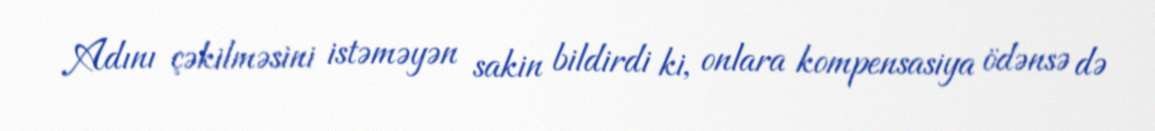
Adını çəkilməsini istəməyən sakin bildirdi ki, onlara kompensasiya ödənsə də